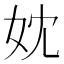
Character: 妉